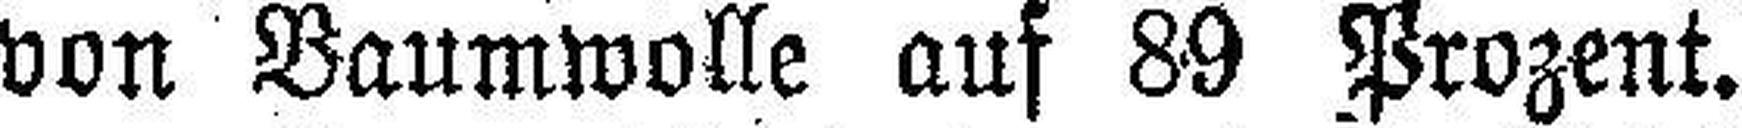
von Baumwolle auf 89 Prozent.